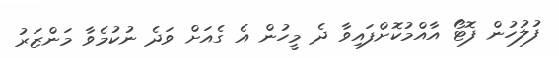
ފުލުހުން ފޮޓޯ އާއްމުކޮށްފައިވާ ދެ މީހުން އެ ގެއަށް ވަދެ ނުކުމެވާ މަންޒަރު